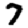
Digit: 7